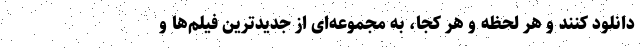
دانلود کنند و هر لحظه و هر کجا، به مجموعه‌ای از جدیدترین فیلم‌ها و